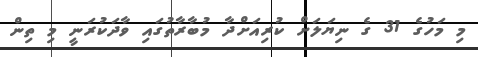
މި މަހުގެ 31 ގެ ނިޔަލަށް ކުރިއަށްދާ މުބާރާތުގައި ވާދަކުރަނީ މި ތިން